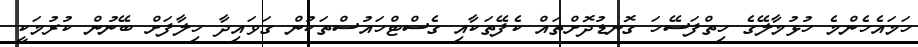
ހަމައެހެންމެ ހުޅުމާލޭގެ ހިތްފަސޭހަ ގޮނޑުދޮށްތައް ކެފޭތަކާއި ގެސްޓްހައުސްތަކުން ގަވައިދާ ހިލާފަށް ބޭނުން ކުރުމަކީ